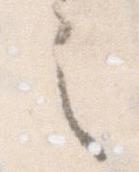
之